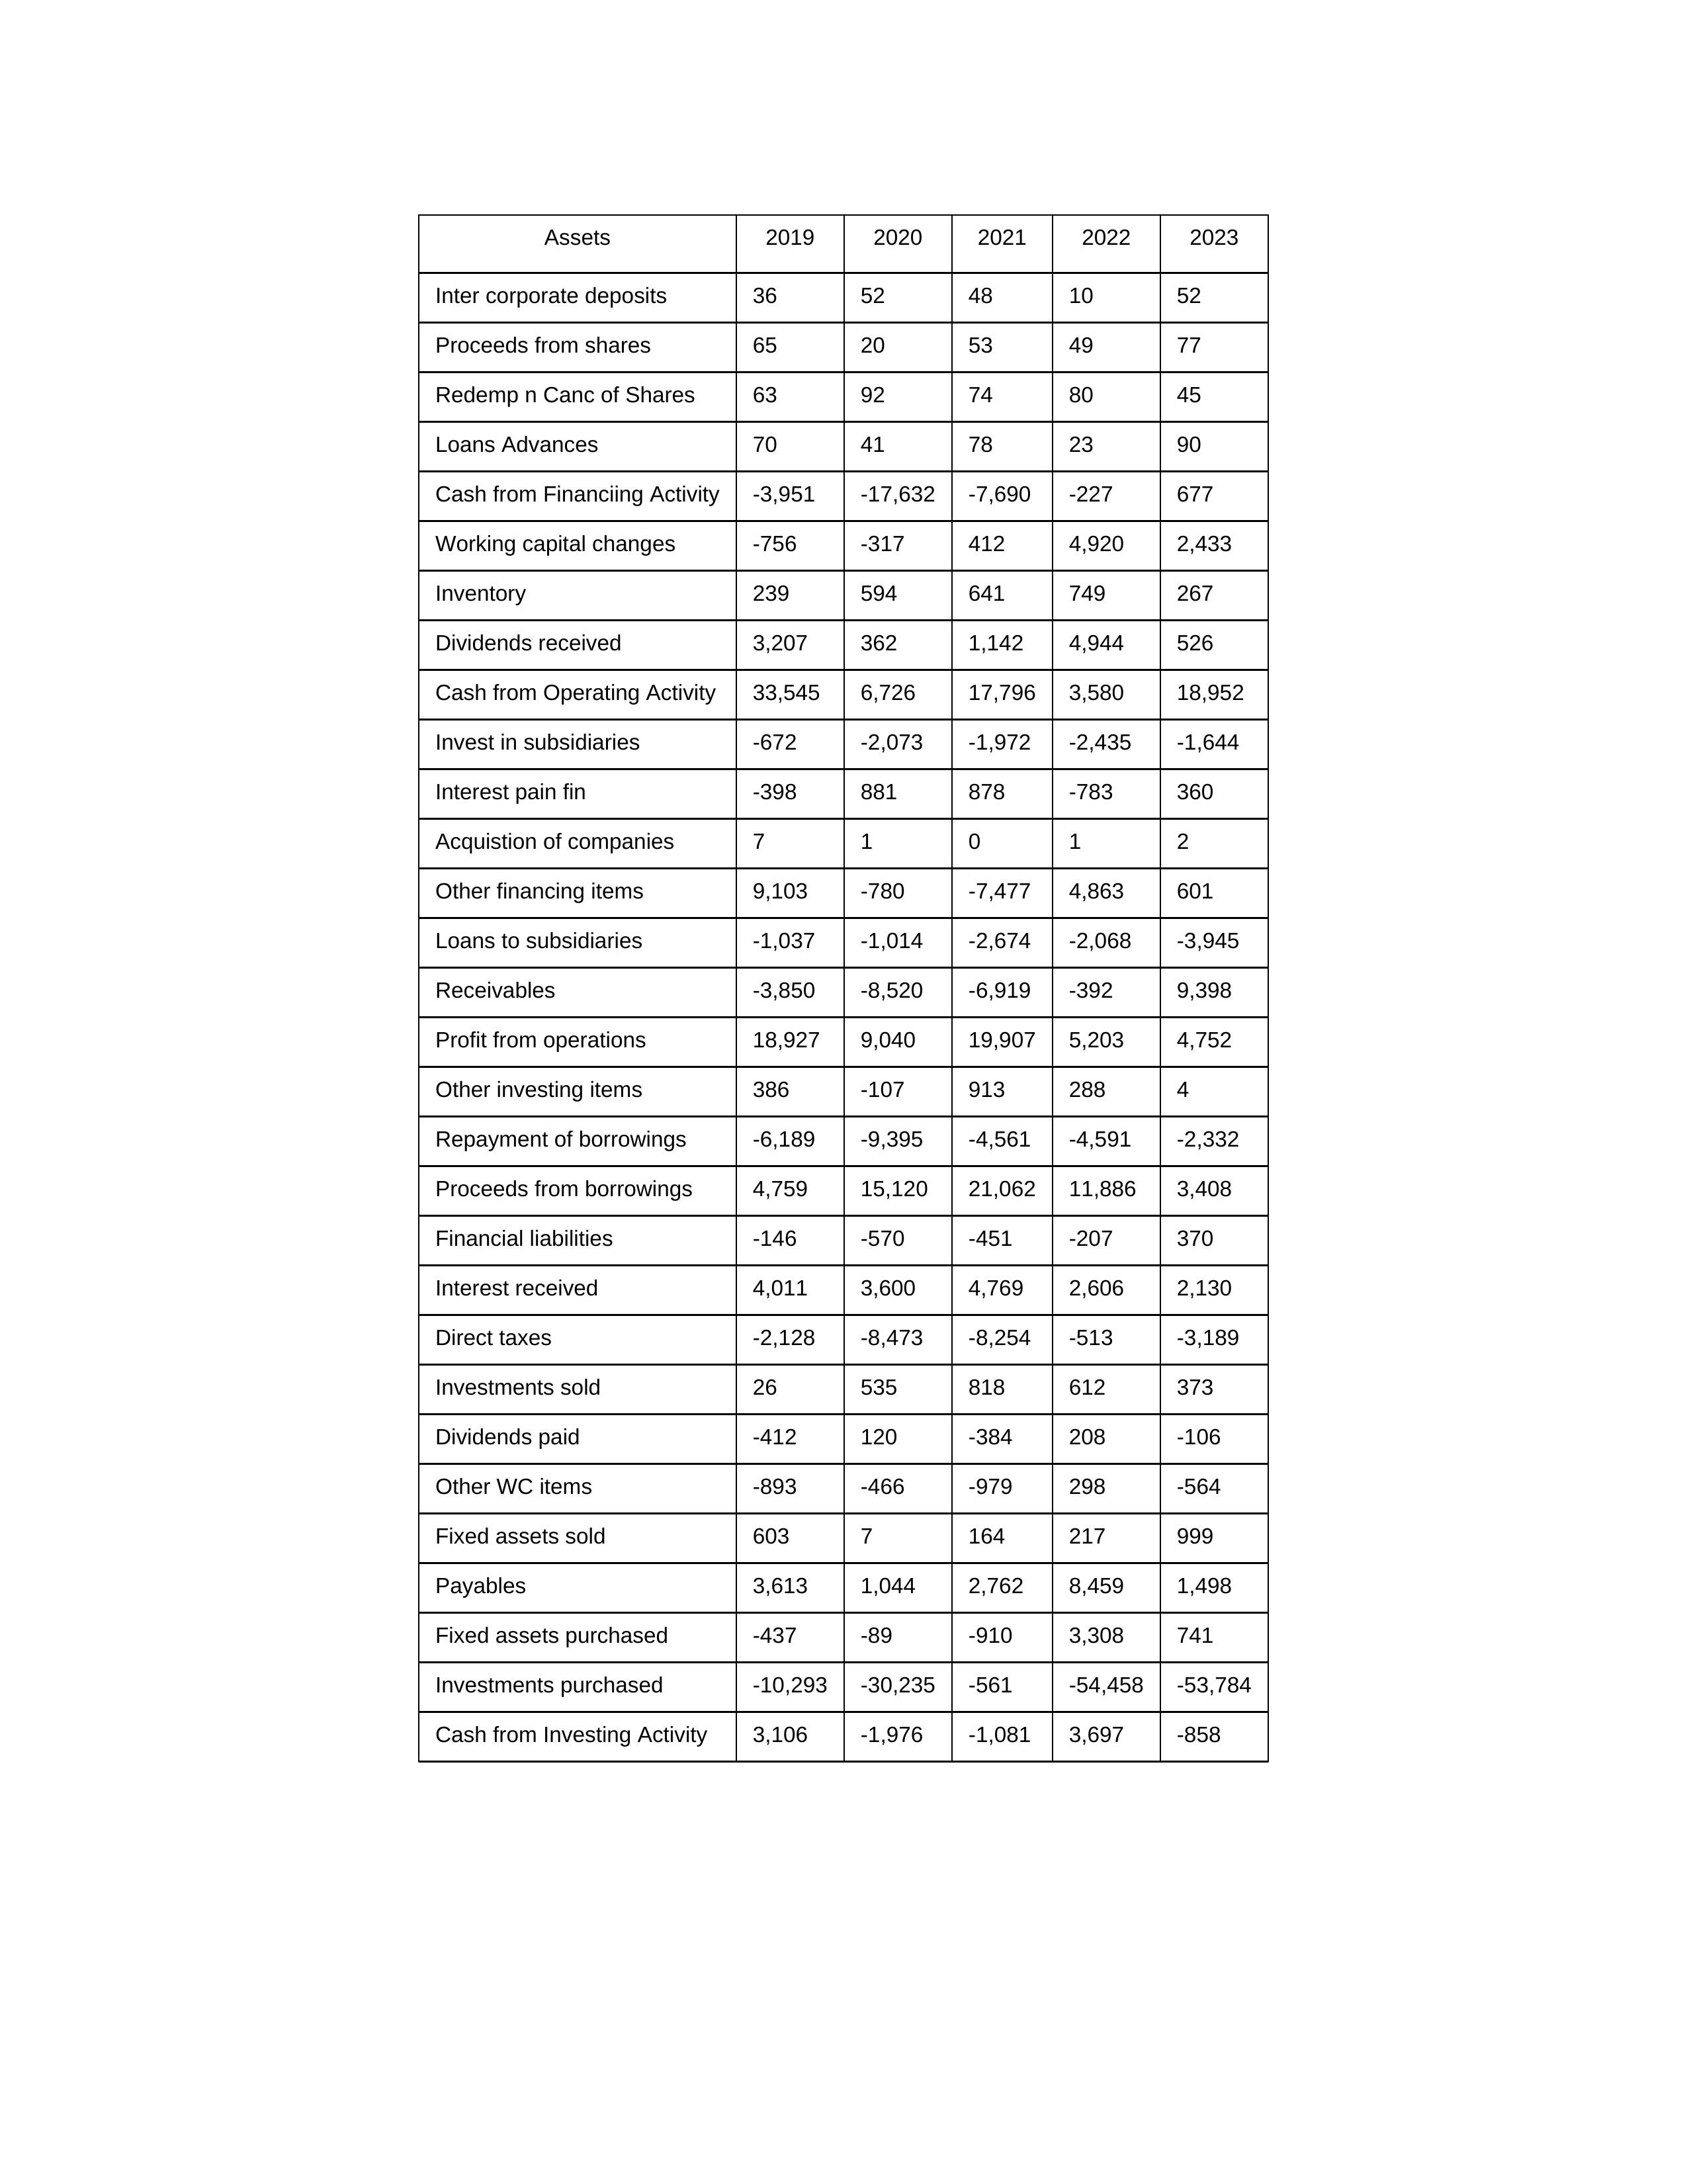
gt_parse: 2019: Cash from Operating Activity: 33,545
Profit from operations: 18,927
Receivables: -3,850
Inventory: 239
Payables: 3,613
Loans Advances: 70
Other WC items: -893
Working capital changes: -756
Direct taxes: -2,128
Cash from Investing Activity: 3,106
Fixed assets purchased: -437
Fixed assets sold: 603
Investments purchased: -10,293
Investments sold: 26
Interest received: 4,011
Dividends received: 3,207
Invest in subsidiaries: -672
Loans to subsidiaries: -1,037
Redemp n Canc of Shares: 63
Acquistion of companies: 7
Inter corporate deposits: 36
Other investing items: 386
Cash from Financiing Activity: -3,951
Proceeds from shares: 65
Proceeds from borrowings: 4,759
Repayment of borrowings: -6,189
Interest pain fin: -398
Dividends paid: -412
Financial liabilities: -146
Other financing items: 9,103
2020: Cash from Operating Activity: 6,726
Profit from operations: 9,040
Receivables: -8,520
Inventory: 594
Payables: 1,044
Loans Advances: 41
Other WC items: -466
Working capital changes: -317
Direct taxes: -8,473
Cash from Investing Activity: -1,976
Fixed assets purchased: -89
Fixed assets sold: 7
Investments purchased: -30,235
Investments sold: 535
Interest received: 3,600
Dividends received: 362
Invest in subsidiaries: -2,073
Loans to subsidiaries: -1,014
Redemp n Canc of Shares: 92
Acquistion of companies: 1
Inter corporate deposits: 52
Other investing items: -107
Cash from Financiing Activity: -17,632
Proceeds from shares: 20
Proceeds from borrowings: 15,120
Repayment of borrowings: -9,395
Interest pain fin: 881
Dividends paid: 120
Financial liabilities: -570
Other financing items: -780
2021: Cash from Operating Activity: 17,796
Profit from operations: 19,907
Receivables: -6,919
Inventory: 641
Payables: 2,762
Loans Advances: 78
Other WC items: -979
Working capital changes: 412
Direct taxes: -8,254
Cash from Investing Activity: -1,081
Fixed assets purchased: -910
Fixed assets sold: 164
Investments purchased: -561
Investments sold: 818
Interest received: 4,769
Dividends received: 1,142
Invest in subsidiaries: -1,972
Loans to subsidiaries: -2,674
Redemp n Canc of Shares: 74
Acquistion of companies: 0
Inter corporate deposits: 48
Other investing items: 913
Cash from Financiing Activity: -7,690
Proceeds from shares: 53
Proceeds from borrowings: 21,062
Repayment of borrowings: -4,561
Interest pain fin: 878
Dividends paid: -384
Financial liabilities: -451
Other financing items: -7,477
2022: Cash from Operating Activity: 3,580
Profit from operations: 5,203
Receivables: -392
Inventory: 749
Payables: 8,459
Loans Advances: 23
Other WC items: 298
Working capital changes: 4,920
Direct taxes: -513
Cash from Investing Activity: 3,697
Fixed assets purchased: 3,308
Fixed assets sold: 217
Investments purchased: -54,458
Investments sold: 612
Interest received: 2,606
Dividends received: 4,944
Invest in subsidiaries: -2,435
Loans to subsidiaries: -2,068
Redemp n Canc of Shares: 80
Acquistion of companies: 1
Inter corporate deposits: 10
Other investing items: 288
Cash from Financiing Activity: -227
Proceeds from shares: 49
Proceeds from borrowings: 11,886
Repayment of borrowings: -4,591
Interest pain fin: -783
Dividends paid: 208
Financial liabilities: -207
Other financing items: 4,863
2023: Cash from Operating Activity: 18,952
Profit from operations: 4,752
Receivables: 9,398
Inventory: 267
Payables: 1,498
Loans Advances: 90
Other WC items: -564
Working capital changes: 2,433
Direct taxes: -3,189
Cash from Investing Activity: -858
Fixed assets purchased: 741
Fixed assets sold: 999
Investments purchased: -53,784
Investments sold: 373
Interest received: 2,130
Dividends received: 526
Invest in subsidiaries: -1,644
Loans to subsidiaries: -3,945
Redemp n Canc of Shares: 45
Acquistion of companies: 2
Inter corporate deposits: 52
Other investing items: 4
Cash from Financiing Activity: 677
Proceeds from shares: 77
Proceeds from borrowings: 3,408
Repayment of borrowings: -2,332
Interest pain fin: 360
Dividends paid: -106
Financial liabilities: 370
Other financing items: 601